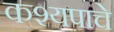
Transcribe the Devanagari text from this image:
कश्यपाचे